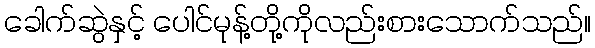
ခေါက်ဆွဲနှင့် ပေါင်မုန့်တို့ကိုလည်းစားသောက်သည်။